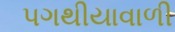
પગથીયાવાળી